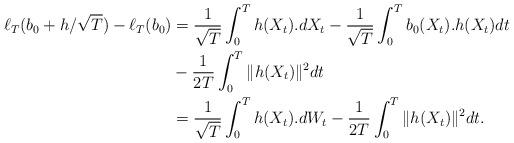
LaTeX: \begin{align*}\ell_T(b_0 + h/\sqrt{T}) - \ell_T(b_0) & = \frac{1}{\sqrt{T}} \int_0^T h(X_t).dX_t - \frac{1}{\sqrt{T}} \int_0^T b_0(X_t).h(X_t)dt \\& - \frac{1}{2T} \int_0^T\| h(X_t)\|^2 dt \\& = \frac{1}{\sqrt{T}}\int_0^T h(X_t).dW_t - \frac{1}{2T} \int_0^T\| h(X_t)\|^2 dt .\end{align*}